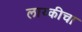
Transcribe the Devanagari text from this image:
लाय्कीचा